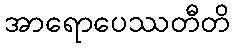
အာရောပေဿတီတိ